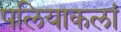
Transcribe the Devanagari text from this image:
पलियाकलां